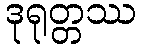
ဒုရုတ္တဿ